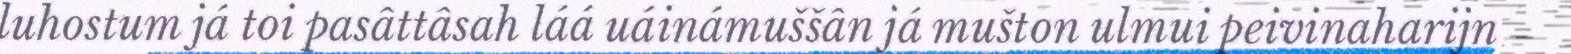
luhostum já toi pasâttâsah láá uáinámuššân já mušton ulmui peivinaharijn